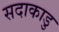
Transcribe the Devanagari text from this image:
सदाकाडु